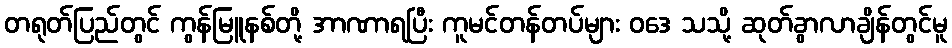
တရုတ်ပြည်တွင် ကွန်မြူနစ်တို့ အာဏာရပြီး ကူမင်တန်တပ်များ ဝဒေ သသို့ ဆုတ်ခွာလာချိန်တွင်မူ